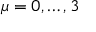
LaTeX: \mu = 0 , \ldots , 3